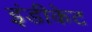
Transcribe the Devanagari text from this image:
इंडीकेट